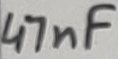
Text: 47nF